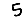
Digit: 5